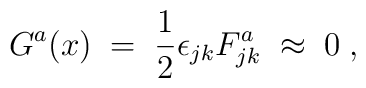
G^a (x) \;=\; \frac{1}{2}  \epsilon_{j k} F_{j k}^a \; \approx \; 0\;,